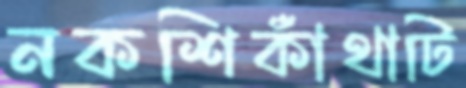
নকশিকাঁথাটি